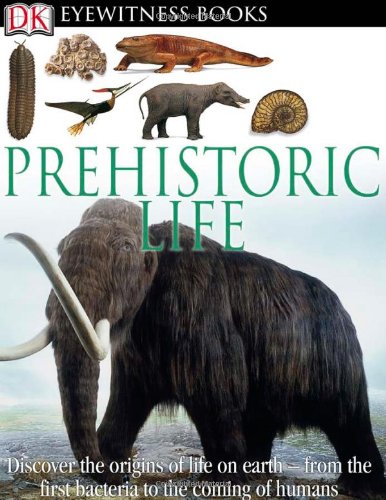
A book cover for DK Eyewitness Books: Prehistoric Life; William Lindsay; Children's Books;